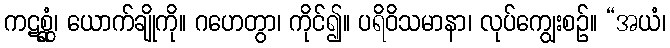
ကဋစ္ဆုံ၊ ယောက်ချိုကို။ ဂဟေတွာ၊ ကိုင်၍။ ပရိဝိသမာနာ၊ လုပ်ကျွေးစဉ်။ “အယံ၊